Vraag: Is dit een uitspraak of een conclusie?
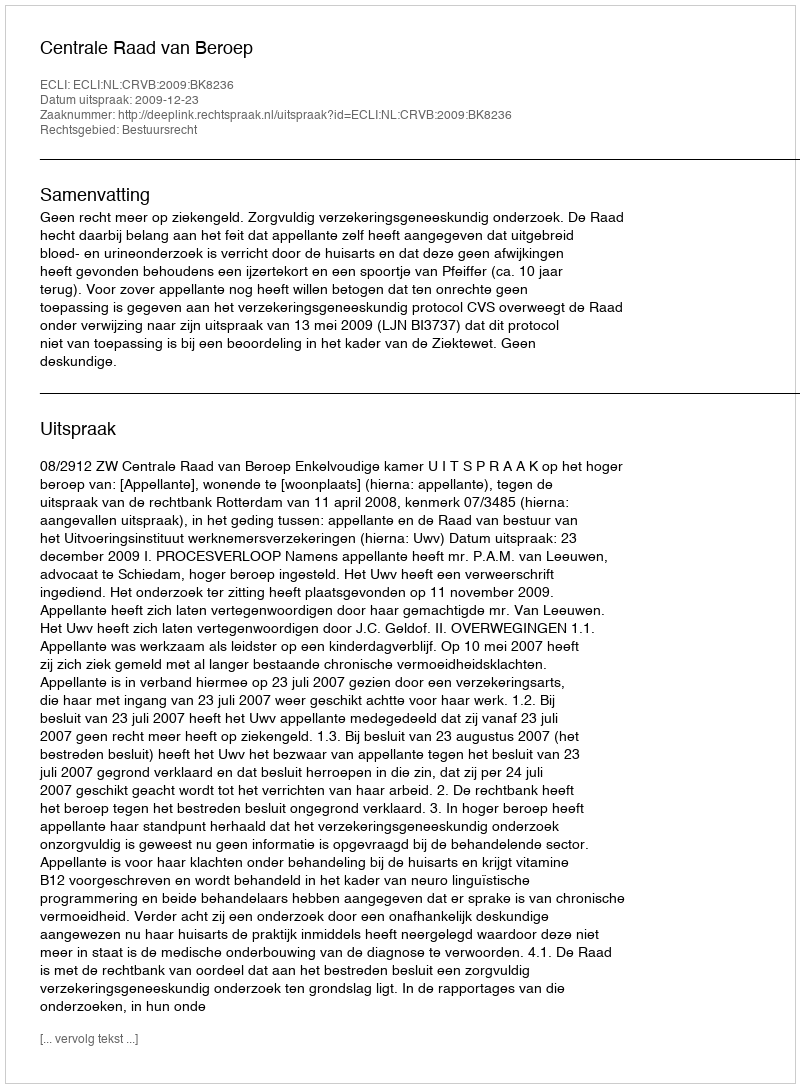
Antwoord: Uitspraak